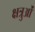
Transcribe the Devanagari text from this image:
क्षत्रुओं